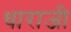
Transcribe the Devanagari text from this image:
धाराजी